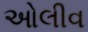
ઓલીવ